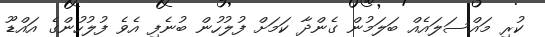
ކުރި މައްސަލައެއް ބަލަމުން ގެންދާ ކަމަށް ފުލުހުން ބުނެފި އެވެ ފުލުހުންގެ އައްޑޫ